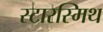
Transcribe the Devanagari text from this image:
स्टारस्मिथ